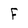
Character: F